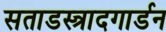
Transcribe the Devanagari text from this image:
सताडस्त्रादगार्डन